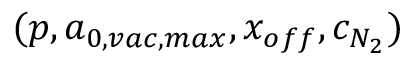
( p , a _ { 0 , v a c , m a x } , x _ { o f f } , c _ { N _ { 2 } } )